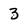
Character: 3